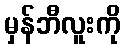
မှန်ဘီလူးကို